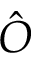
\hat { O }